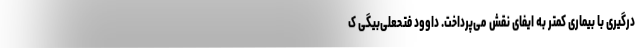
درگیری با بیماری کمتر به ایفای نقش می‌پرداخت. داوود فتحعلی‌بیگی ک